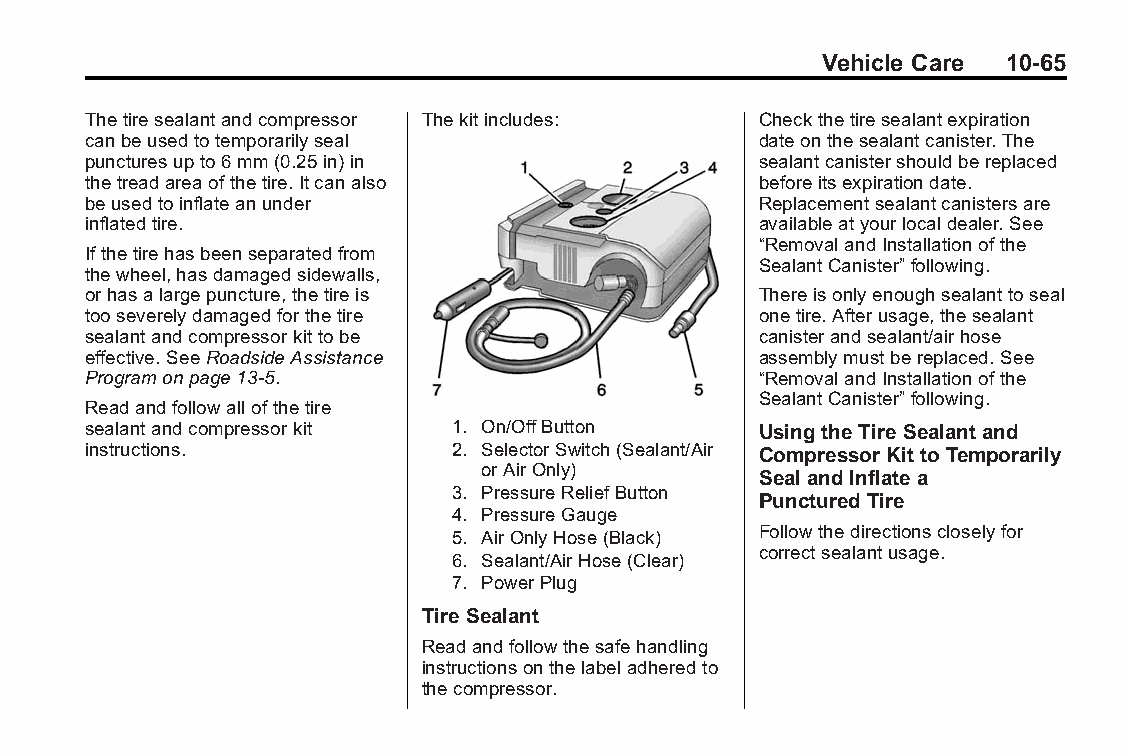
Buick LaCrosse Owner Manual (GMNA-Localizing-U.S./Canada/Mexico- Blackplate(65,1)
 6043609)-2014-2ndEdition-10/17/13
 Vehicle Care 10-65
 Thetiresealantandcompressor Thekitincludes:  Checkthetiresealantexpiration
 canbeusedtotemporarilyseal                   dateonthesealantcanister.The
 puncturesupto6mm(0.25in)in                   sealantcanistershouldbereplaced
 thetreadareaofthetire.Itcanalso              beforeitsexpirationdate.
 beusedtoinflateanunder                       Replacementsealantcanistersare
 inflatedtire.                                availableatyourlocaldealer.See
 “RemovalandInstallationofthe
 Ifthetirehasbeenseparatedfrom
 SealantCanister”following.
 thewheel,hasdamagedsidewalls,
 orhasalargepuncture,thetireis                Thereisonlyenoughsealanttoseal
 tooseverelydamagedforthetire                 onetire.Afterusage,thesealant
 sealantandcompressorkittobe                  canisterandsealant/airhose
 effective.SeeRoadsideAssistance              assemblymustbereplaced.See
 Programonpage13-5.                           “RemovalandInstallationofthe
 SealantCanister”following.
 Readandfollowallofthetire
 sealantandcompressorkit  1. On/OffButton     Using theTireSealant and
 instructions.            2. SelectorSwitch(Sealant/Air Compressor Kitto Temporarily
 orAirOnly)
 Seal and Inflate a
 3. PressureReliefButton
 Punctured Tire
 4. PressureGauge
 5. AirOnlyHose(Black) Followthedirectionscloselyfor
 correctsealantusage.
 6. Sealant/AirHose(Clear)
 7. PowerPlug
 TireSealant
 Readandfollowthesafehandling
 instructionsonthelabeladheredto
 thecompressor.